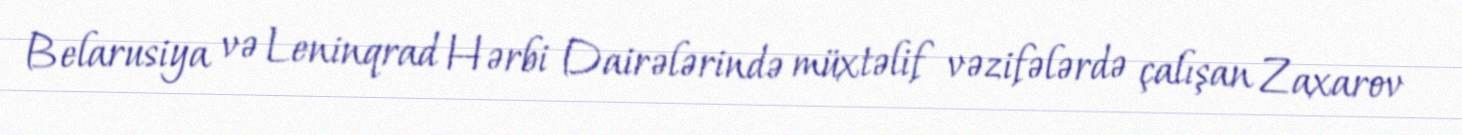
Belarusiya və Leninqrad Hərbi Dairələrində müxtəlif vəzifələrdə çalışan Zaxarov